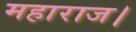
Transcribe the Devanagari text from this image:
महाराज।